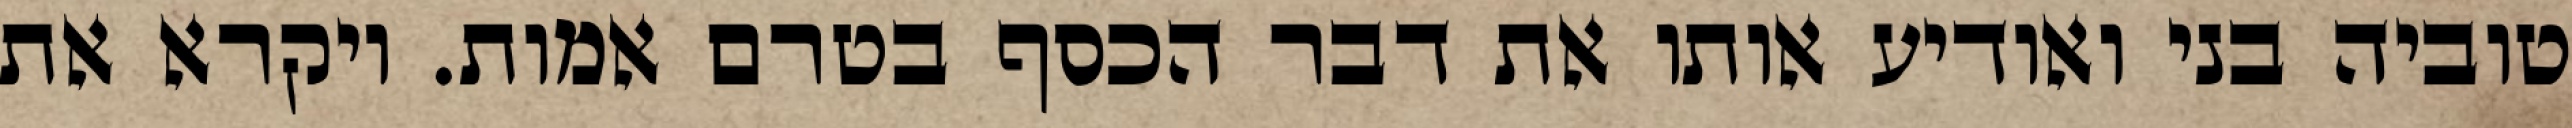
טוביה בני ואודיע אותו את דבר הכסף בטרם אמות. ויקרא את